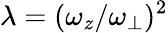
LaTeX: \lambda=(\omega_{z}/\omega_{\perp})^{2}